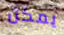
يمكن